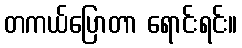
တကယ်ပြောတာ ရောင်းရင်း။